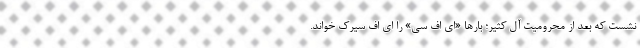
نشست که بعد از محرومیت آل کثیر؛ بارها «ای اف سی» را ای اف سیرک خواند.